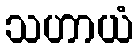
သဟာယံ